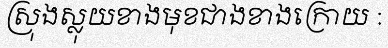
ស្រុងស្លុយខាងមុខជាងខាងក្រោយ :